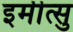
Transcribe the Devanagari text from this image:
इमीत्सु